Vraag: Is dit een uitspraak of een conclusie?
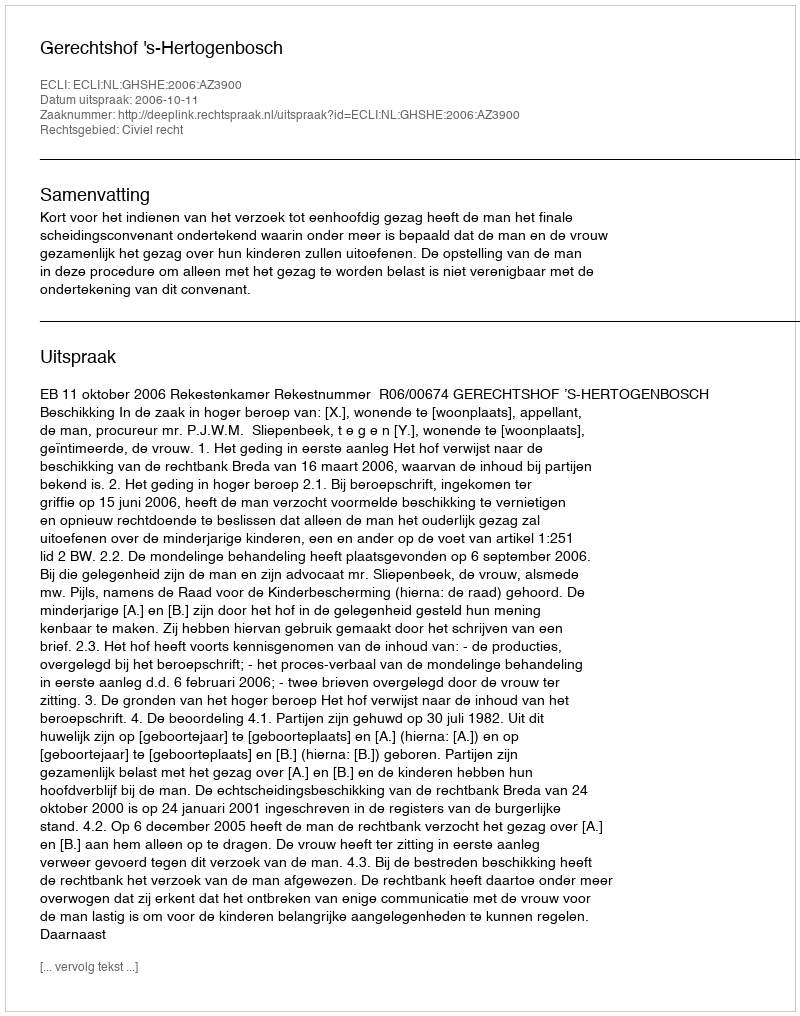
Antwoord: Uitspraak